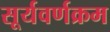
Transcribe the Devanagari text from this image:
सूर्यवर्णक्रम